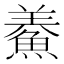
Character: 鯗